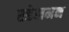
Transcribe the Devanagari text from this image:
एडेलमन